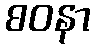
စဝနာ